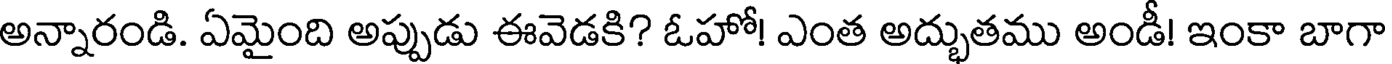
అన్నారండి. ఏమైంది అప్పుడు ఈవెడకి? ఓహో! ఎంత అద్భుతము అండీ! ఇంకా బాగా